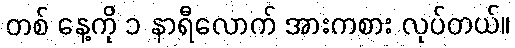
တစ် နေ့ကို ၁ နာရီလောက် အားကစား လုပ်တယ်။